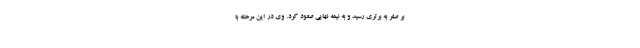
بر صفر به برتری رسید و به نیمه نهایی صعود کرد. وی در این مرحله با